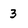
Character: 3